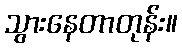
သွားနေတာတုန်း။